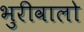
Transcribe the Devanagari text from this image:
भुरीवालो